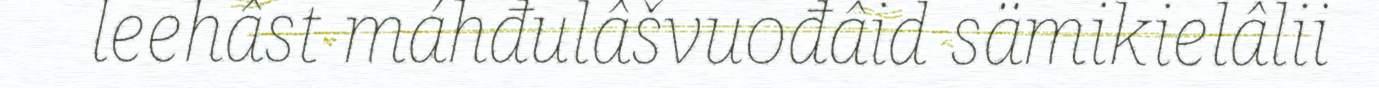
leehâst máhđulâšvuođâid sämikielâlii